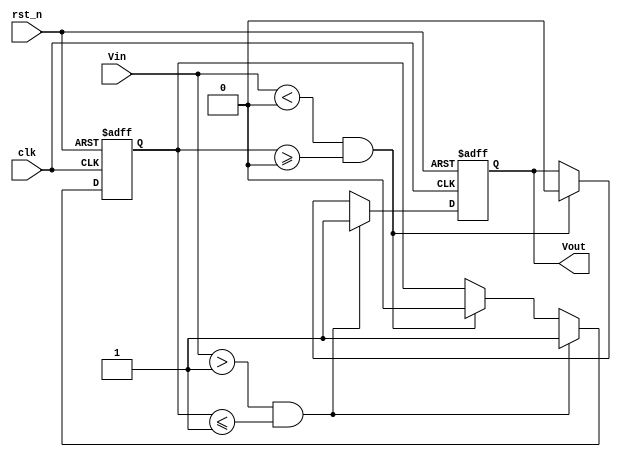
module schmitt_trigger_edge_detector (
    input wire clk,          // Clock signal for synchronization
    input wire rst_n,        // Active low reset
    input wire Vin,          // Input signal to be monitored
    output reg Vout          // Output signal indicating edge detection
);

    // Threshold levels (these can be parameterized as needed)
    parameter Vth_high = 1'b1; // Upper threshold level
    parameter Vth_low  = 1'b0; // Lower threshold level

    // Internal state to hold the last detected edge
    reg last_state;

    // Edge detection logic
    always @(posedge clk or negedge rst_n) begin
        if (!rst_n) begin
            Vout <= 1'b0;          // Reset output
            last_state <= 1'b0;    // Reset last state
        end else begin
            // Rising edge detection
            if (Vin > Vth_high && last_state <= Vth_high) begin
                Vout <= 1'b1;       // Set output high on rising edge
                last_state <= 1'b1; // Update last state
            end
            // Falling edge detection
            else if (Vin < Vth_low && last_state >= Vth_low) begin
                Vout <= 1'b0;       // Set output low on falling edge
                last_state <= 1'b0; // Update last state
            end
            // Maintain last state if within hysteresis region
            else begin
                Vout <= Vout;        // Hold current output state
                last_state <= last_state; // Hold last state
            end
        end
    end

endmodule